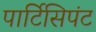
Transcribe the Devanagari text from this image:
पार्टिसिपंट